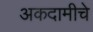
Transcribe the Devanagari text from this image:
अकदामीचे